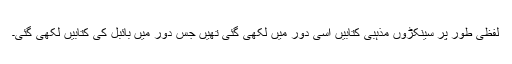
لفظی طور پر سینکڑوں مذہبی کتابیں اُسی دور میں لکھی گئی تھیں جس دور میں بائبل کی کتابیں لکھی گئی۔